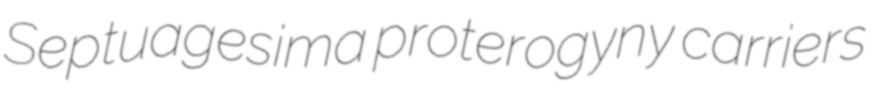
Septuagesima proterogyny carriers